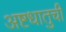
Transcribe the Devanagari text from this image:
अष्टधातुची